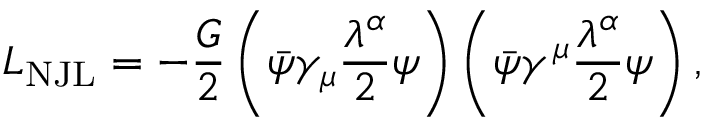
{ \cal L } _ { \mathrm { N J L } } = - \frac { G } { 2 } \left( \bar { \psi } \gamma _ { \mu } \frac { \lambda ^ { \alpha } } { 2 } \psi \right) \left( \bar { \psi } \gamma ^ { \mu } \frac { \lambda ^ { \alpha } } { 2 } \psi \right) ,